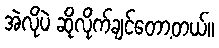
အဲလိုပဲ ဆိုလိုက်ချင်တော့တယ်။